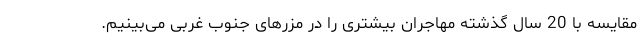
مقایسه با 20 سال گذشته مهاجران بیشتری را در مزرهای جنوب غربی می‌بینیم.